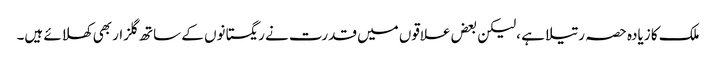
ملک کا زیادہ حصہ رتیلا ہے ،لیکن بعض علاقوں میں قدرت نے ریگستانوں کے ساتھ گلزار بھی کھلائے ہیں۔